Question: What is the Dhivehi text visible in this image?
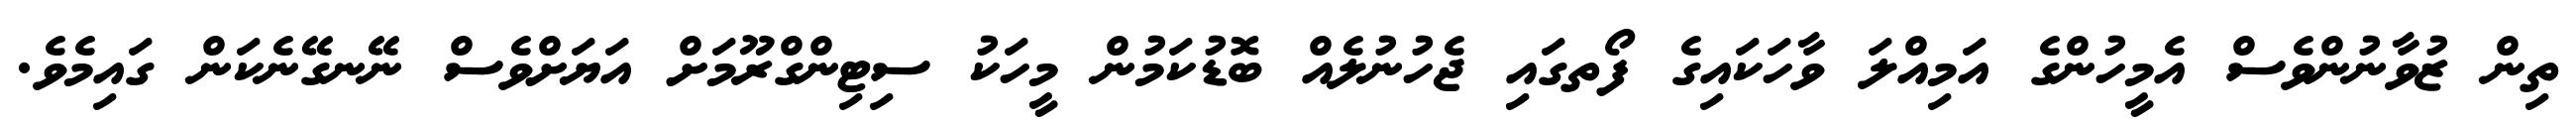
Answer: ތިން ޒުވާނުންވެސް އެމީހުންގެ އަމިއްލަ ވާހަކައިގެ ފޯތގައި ޖެހުނުލެއް ބޮޑުކަމުން މީހަކު ސިޓިންގްރޫމަށް އަޔަށްވެސް ނޭނގޭނެކަން ގައިމެވެ.